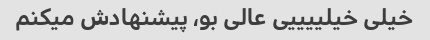
خیلی خیلییییی عالی بو، پیشنهادش میکنم